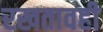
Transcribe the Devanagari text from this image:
रखतावही